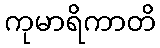
ကုမာရိကာတိ